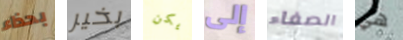
بحذاء بخير يكن إلى الصفاء هي